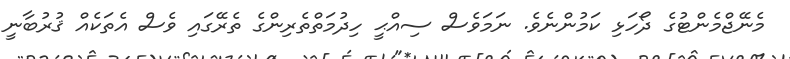
މެނޭޖްމެންޓުގެ ދޯހަޅި ކަމުންނެވެ. ނަމަވެސް ސިއްޙީ ހިދުމަތްތެރިންގެ ތެރޭގައި ވެސް އެތަކެއް ޤުރުބާނީ